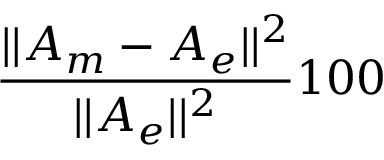
\frac { | | A _ { m } - A _ { e } | | ^ { 2 } } { | | A _ { e } | | ^ { 2 } } 1 0 0 \